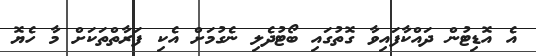
އެ އޮޑިޓުން ދައްކާފައިވާ ގޮތުގައި ބޯޓުދެލި ނެގުމަށް އެކި ފަރާތްތަކަށް މާ ހެޔޮ